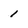
Character: 1